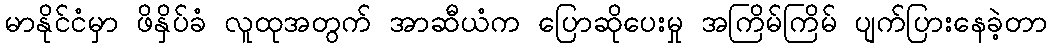
မာနိုင်ငံမှာ ဖိနှိပ်ခံ လူထုအတွက် အာဆီယံက ပြောဆိုပေးမှု အကြိမ်ကြိမ် ပျက်ပြားနေခဲ့တာ